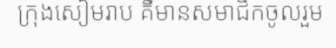
ក្រុងសៀមរាប គឺមានសមាជិកចូលរួម